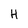
Character: H